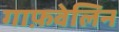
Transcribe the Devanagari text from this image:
गाफ़वेलिन